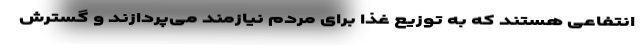
انتفاعی هستند که به توزیع غذا برای مردم نیازمند می‌پردازند و گسترش